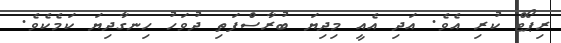
ރިޕޯޓް ކުރި އެވެ. އަދި އެެއީ މިދިޔަ ބުރާސްފަތި ދުވަހު ހިނގާދިޔަ ކަމެކެވެ.